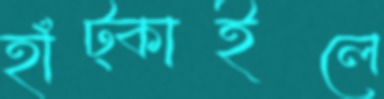
হাঁট্‌কাইলে